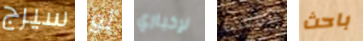
سيرج لو لإخباري المعذرة باحث